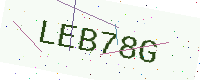
Text: LEB78G